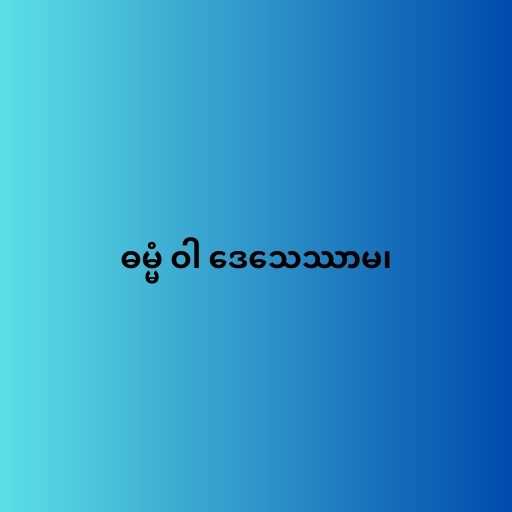
ဓမ္မံ ဝါ ဒေသေဿာမ၊